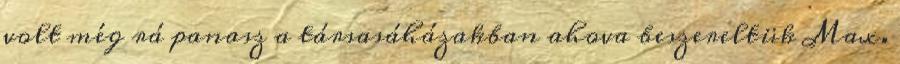
volt még rá panasz a társasáházakban ahova beszereltük Max.